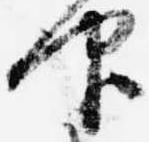
仰